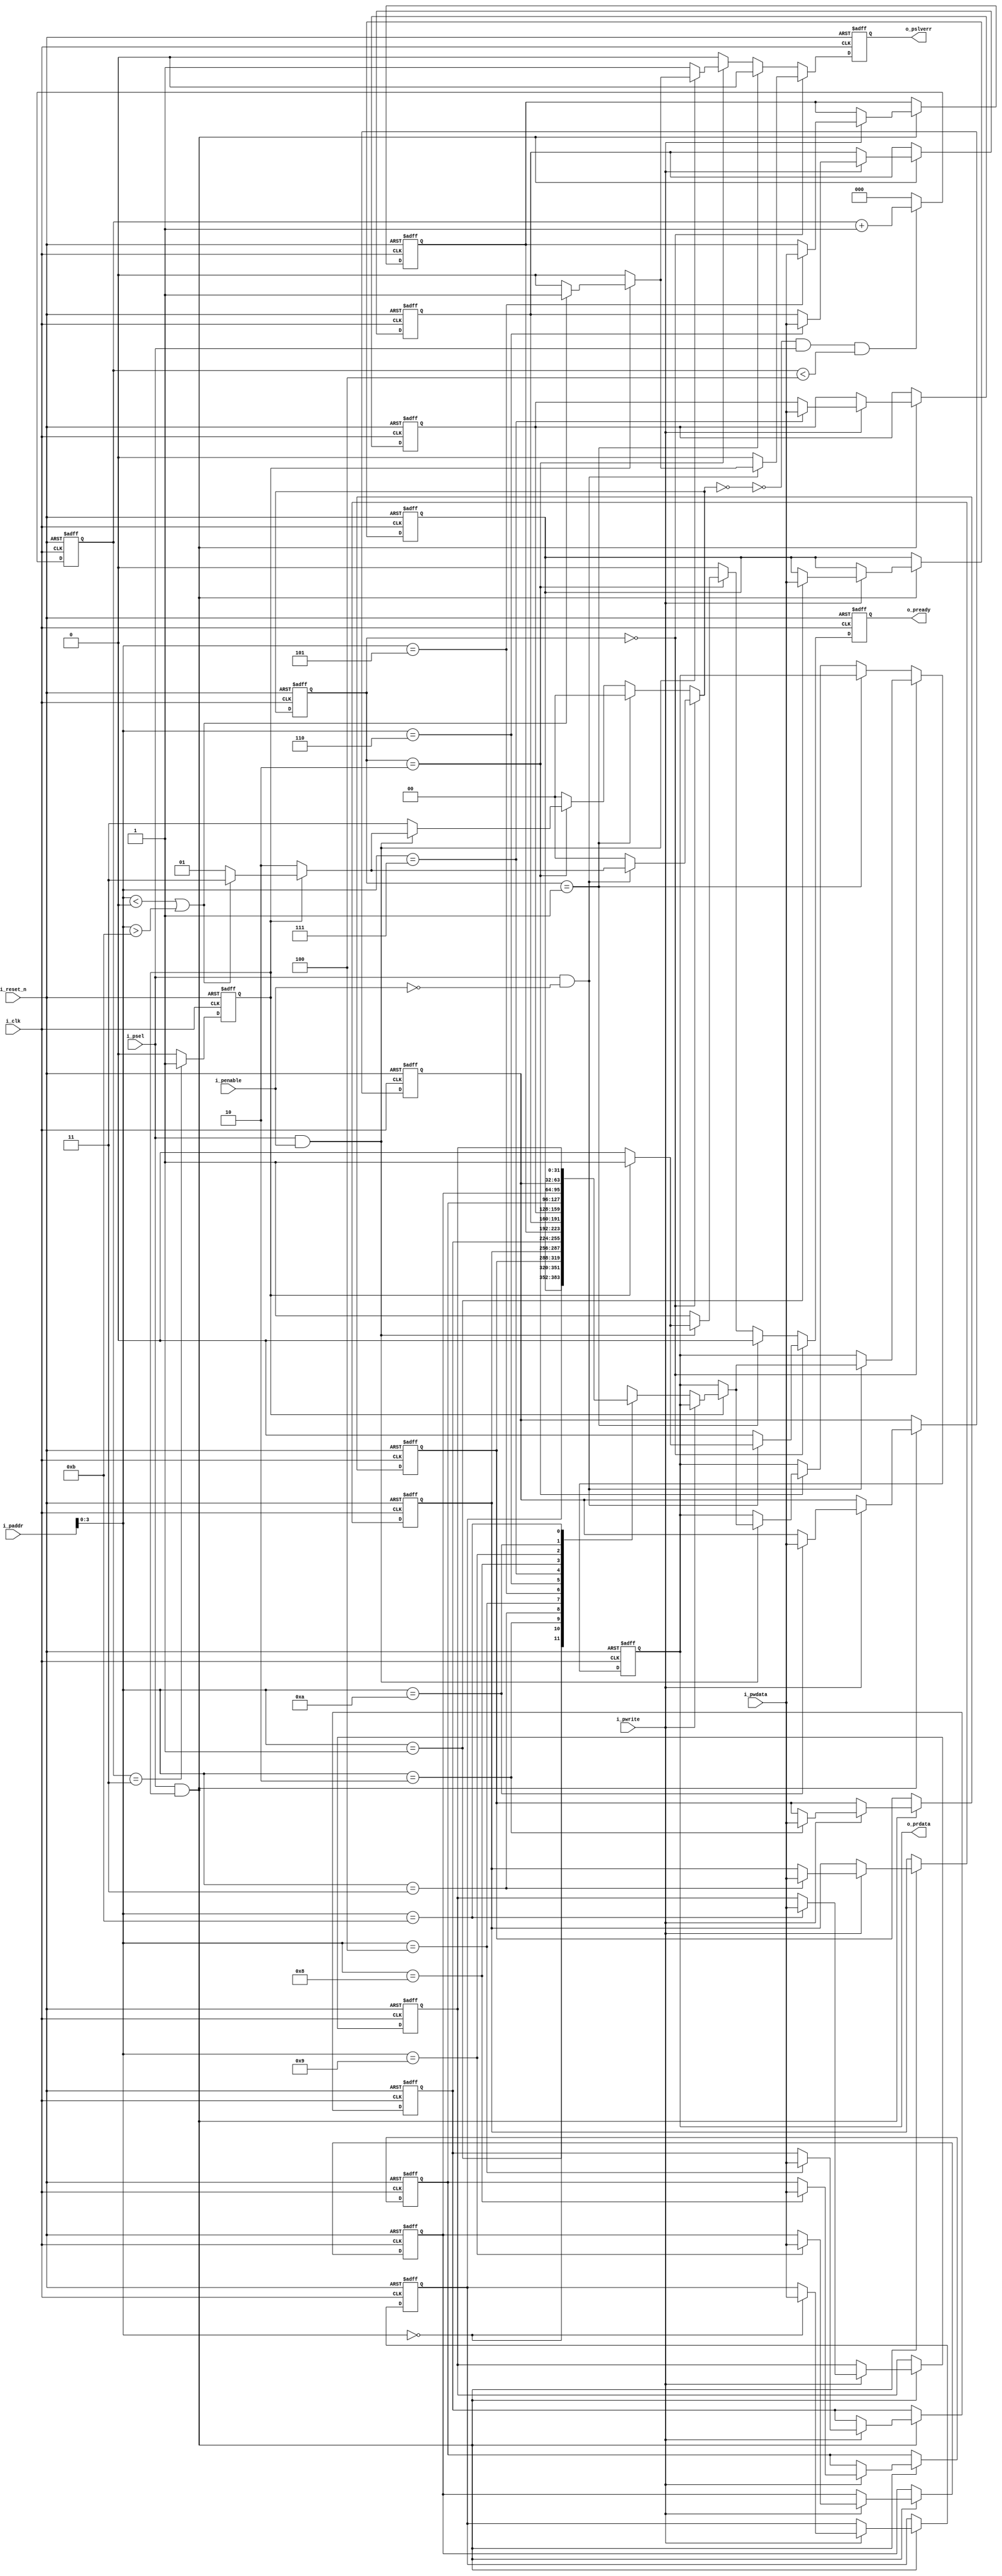
`timescale 1ns / 1ps
//////////////////////////////////////////////////////////////////////////////////
// Company: KETI 
// 
// Design Name: 
// Module Name: apb_wrapper
// Project Name: 
// Target Devices: 
// Tool Versions: 
// Description: 
// 
// Dependencies: 
// 
// Revision:
// Revision 0.01 - File Created
// Additional Comments:
// 
//////////////////////////////////////////////////////////////////////////////////

`define APB_IDLE   2'b00
`define APB_ACK    2'b01
`define APB_WAIT   2'b10
`define APB_ERR    2'b11
`define ADDR_BASE  4'b0000
`define ADDR_END   4'b1100
`define WAIT_CYCLES 3

module apb_wrapper #
    ( parameter ADDR_WIDTH = 32,
      parameter DATA_WIDTH = 32
    ) (
      // Common 
      input                           i_clk,
      input                           i_reset_n,
      // Bus Interface
      input                           i_psel,
      input                           i_penable,
      input                           i_pwrite,
      input [ADDR_WIDTH-1:0]          i_paddr,
      input [DATA_WIDTH-1:0]          i_pwdata,
      output wire                     o_pready,
      output wire [DATA_WIDTH-1:0]    o_prdata,
      output wire                     o_pslverr
    );

    // APB Wrapper Internal Signals
    reg                     apb_ready;      
    reg [1:0]               apb_status;        // 0: IDLE, 1: ACK, 2: WAIT
    reg [ADDR_WIDTH-1:0]    apb_waddr;
    reg                     apb_slverr;
    reg [DATA_WIDTH-1:0]    apb_rdata;

    reg                     apb_ready_nxt;
    reg [1:0]               apb_status_nxt;
    reg [ADDR_WIDTH-1:0]    apb_waddr_nxt;
    reg                     apb_slverr_nxt;
    reg [DATA_WIDTH-1:0]    apb_rdata_nxt;
    
    // Test Internal logic 
    reg [2:0] wait_counter;
    reg                     peri_ready;
    reg                     peri_error;
    reg [DATA_WIDTH-1:0]    peri_reg[0:11];
    integer i;

    always @(posedge i_clk or negedge i_reset_n) begin
        if(!i_reset_n) begin  
            apb_status  <= `APB_IDLE;
            apb_ready   <= 1'b0;
            apb_waddr   <= 0;
            apb_slverr  <= 1'b0;
            apb_rdata   <= 0;
            wait_counter <= 0;
        end
        else begin 
            apb_status  <= apb_status_nxt;
            apb_ready   <= apb_ready_nxt;
            apb_waddr   <= apb_waddr_nxt;
            apb_slverr  <= apb_slverr_nxt;            
            apb_rdata   <= apb_rdata_nxt;
            if (!(apb_status_nxt == `APB_IDLE) && i_psel && wait_counter < `WAIT_CYCLES+1) begin
                wait_counter <= wait_counter + 1;
            end else begin
                wait_counter <= 0;
            end
        end
    end   


    always @(*) begin 
        apb_status_nxt = apb_status;
        apb_ready_nxt  = apb_ready;
        apb_waddr_nxt  = apb_waddr;
        apb_slverr_nxt = 1'b0;
        apb_rdata_nxt  = apb_rdata;

        if(apb_status == `APB_IDLE) begin 
            if(i_psel && !i_penable) begin 
                apb_waddr_nxt  = i_paddr;
                if(peri_ready) begin 
                    if (i_paddr[3:0] < `ADDR_BASE || i_paddr[3:0] > `ADDR_END-1) begin 
                        apb_status_nxt = `APB_ERR;
                        apb_slverr_nxt = 1'b1;
                    end
                    else           apb_status_nxt = `APB_ACK;
                    apb_ready_nxt  = 1'b1;
                    if(!i_pwrite) apb_rdata_nxt <= peri_reg[i_paddr[3:0]];     
                end else begin 
                    apb_status_nxt = `APB_WAIT;
                    apb_ready_nxt  = 1'b0;
                end
            end else begin 
                apb_status_nxt = `APB_IDLE;
                apb_ready_nxt  = 1'b0;
            end
        end else if(apb_status == `APB_ACK) begin 
            apb_status_nxt = `APB_IDLE;
            apb_ready_nxt  = 1'b0;                
        end else if(apb_status == `APB_WAIT) begin 
            if(i_psel && i_penable) begin 
                if(peri_ready) begin 
                    if (i_paddr[3:0] < `ADDR_BASE || i_paddr[3:0] > `ADDR_END-1) begin 
                        apb_status_nxt = `APB_ERR;
                        apb_slverr_nxt = 1'b1;
                    end 
                    else           apb_status_nxt = `APB_ACK;
                    if(!i_pwrite) apb_rdata_nxt <= peri_reg[i_paddr[3:0]];     
                    apb_ready_nxt  = 1'b1;                         
                end else begin 
                    apb_status_nxt = `APB_WAIT;
                    apb_ready_nxt  = 1'b0;                     
                end
            end else begin 
                apb_status_nxt = `APB_ERR;
                apb_ready_nxt  = 1'b1;
                apb_slverr_nxt = 1'b1;
            end
        end
        else begin
            apb_status_nxt = `APB_IDLE;
            apb_ready_nxt = 1'b0;
            apb_slverr_nxt = 1'b0;
        end
    end


    // Test - Internal Logic
    always @(posedge i_clk or negedge i_reset_n) begin
        if(!i_reset_n) begin  
            peri_ready <= 1'b0;
            peri_error <= 1'b0;
            
            for(i=0; i<16; i=i+1)begin
                peri_reg[i]   <= 1'b0;
            end
        end
        else begin 
            // peri_ready <= 1'b1;
            // if(i_psel && !i_penable && i_pwrite)
            //     peri_reg[i_paddr[3:0]]   <= i_pwdata;    
            if (wait_counter == `WAIT_CYCLES) peri_ready <= 1'b1;
            else peri_ready <= 1'b0;

            if(i_psel && peri_ready) begin
                if(i_pwrite) peri_reg[i_paddr[3:0]]   <= i_pwdata;        
            end  
        end
    end    
    
    assign o_pready   = apb_ready;
    assign o_prdata   = apb_rdata;
    assign o_pslverr  = apb_slverr;
    
        
endmodule